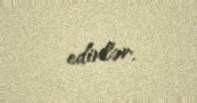
edirlər.